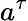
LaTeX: a^{\tau}